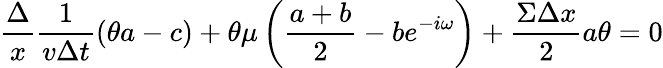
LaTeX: \frac{\Delta}{x}\frac{1}{v\Delta t}(\theta a-c)+\theta\mu\left(\frac{a+b}{2}-be^{-i\omega}\right)+\frac{\Sigma\Delta x}{2}a\theta=0